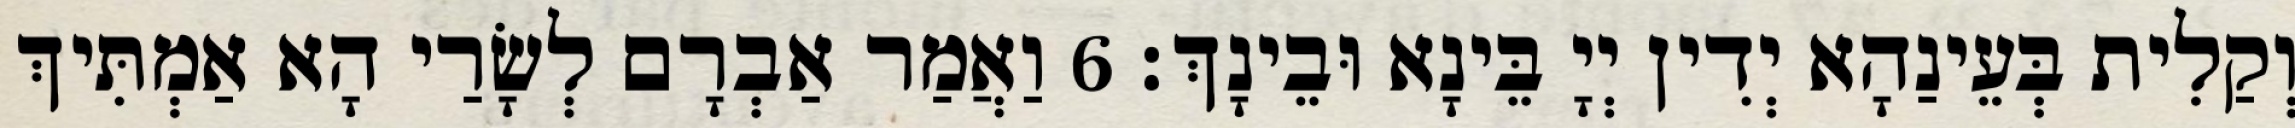
וְקַלִית בְּעֵינַהָא יְדִין יְיָ בֵּינָא וּבֵינָךְ׃ 6 וַאֲמַר אַבְרָם לְשָׂרַי הָא אַמְתִּיךְ